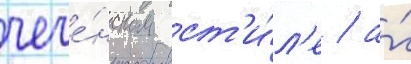
чече́нском ст'и́л'е / а́